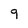
Character: 9